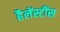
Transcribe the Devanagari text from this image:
हैलेंस्टींस